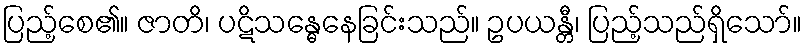
ပြည့်စေ၏။ ဇာတိ၊ ပဋိသန္ဓေနေခြင်းသည်။ ဥပယန္တီ၊ ပြည့်သည်ရှိသော်။